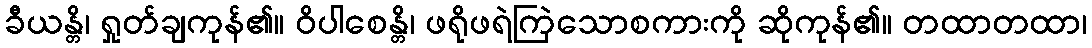
ခီယန္တိ၊ ရှုတ်ချကုန်၏။ ဝိပါစေန္တိ၊ ဖရိုဖရဲကြဲသောစကားကို ဆိုကုန်၏။ တထာတထာ၊